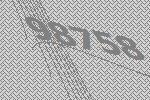
98758